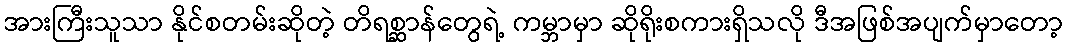
အားကြီးသူသာ နိုင်စတမ်းဆိုတဲ့ တိရစ္ဆာန်တွေရဲ့ ကမ္ဘာမှာ ဆိုရိုးစကားရှိသလို ဒီအဖြစ်အပျက်မှာတော့